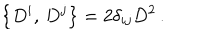
\left\{ D ^ { i } , \, D ^ { j } \right\} = 2 \delta _ { i j } D ^ { 2 } \, .